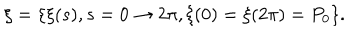
\xi = \{ \xi ( s ) , s = 0 \rightarrow 2 \pi , \xi ( 0 ) = \xi ( 2 \pi ) = P _ { 0 } \} .